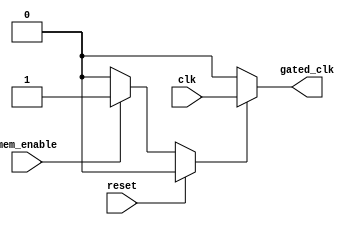
module ClockGating(
    input wire clk,               // Main clock
    input wire reset,             // Reset signal
    input wire mem_enable,        // Memory enable signal (read/write)
    output wire gated_clk         // Gated clock output
);

    // Internal Enable Signal
    reg enable;

    // Clock Gating Control Logic
    always @(*) begin
        if (reset) begin
            enable = 1'b0;         // Disable clock gating during reset
        end else if (mem_enable) begin
            enable = 1'b1;         // Enable clock if memory is active
        end else begin
            enable = 1'b0;         // Disable clock if memory is idle
        end
    end

    // Clock Gating Cell
    assign gated_clk = enable ? clk : 1'b0;  // Gated clock logic

endmodule